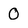
Character: 0